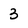
Character: 3